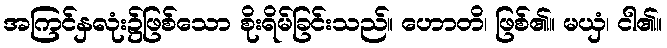
အကြင်နှလုံး၌ဖြစ်သော စိုးရိမ်ခြင်းသည်။ ဟောတိ၊ ဖြစ်၏။ မယှံ၊ ငါ၏။